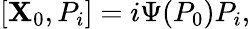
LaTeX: [\mathbf{X}_{0},P_{i}]=i\Psi(P_{0})P_{i},